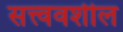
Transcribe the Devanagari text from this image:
सत्त्ववशील